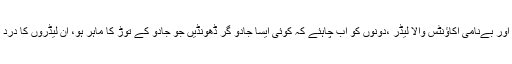
پتلے کے ماتھے پر تیر لگے تو درد ہم شکل شخص کو ہوتاہے، جیل والا لیڈر اور بےنامی اکاؤنٹس والا لیڈر ،دونوں کو اب چاہئے کہ کوئی ایسا جادو گر ڈھونڈیں جو جادو کے توڑ کا ماہر ہو، ان لیڈروں کا درد تبھی دور ہوگا وگرنہ راجہ اسی طرح جادو نگری سے حکومت کرتا رہے گا۔